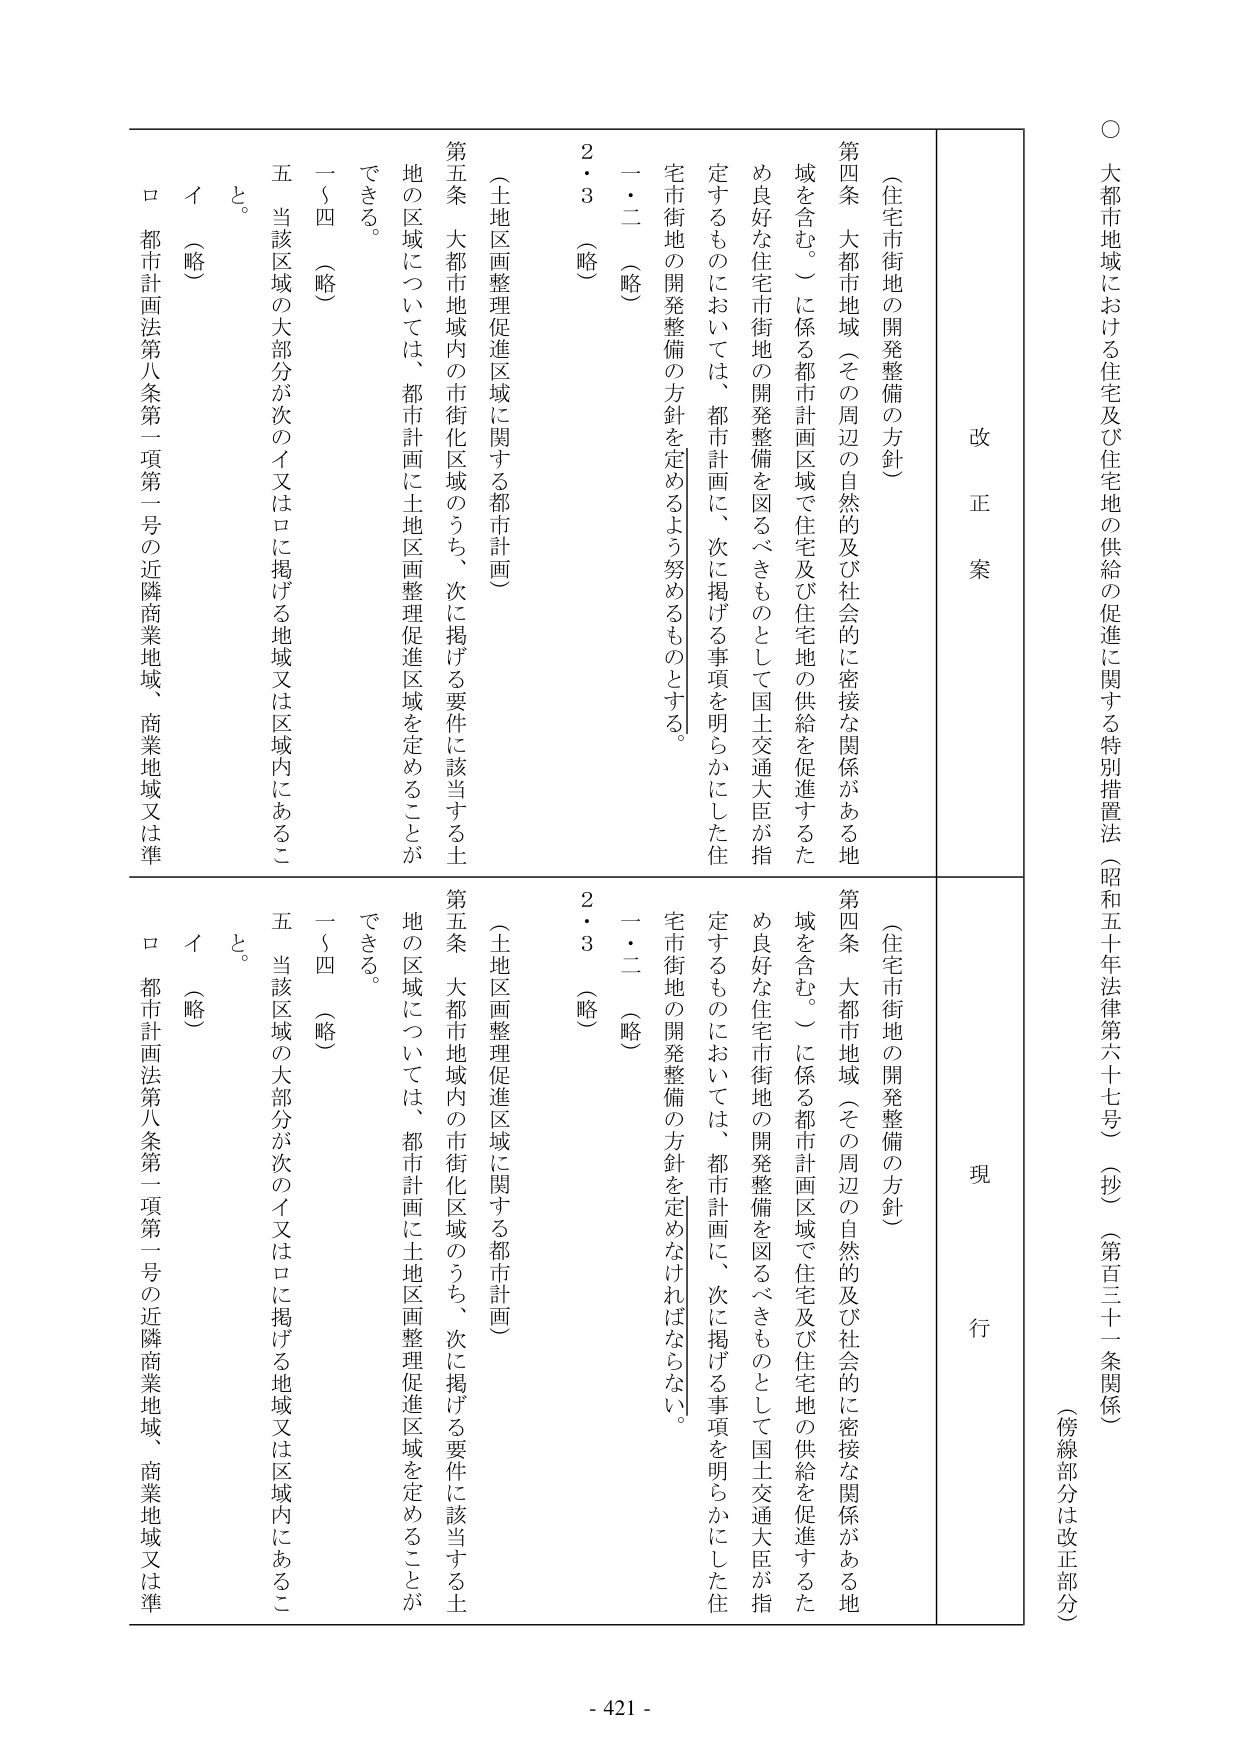
○ 大都市地域における住宅及び住宅地の供給の促進に関する特別措置法（昭和五十年法律第六十七号）（抄）（第百三十一条関係）
（傍線部分は改正部分）

改正案
（住宅市街地の開発整備の方針）
第四条 大都市地域（その周辺の自然的及び社会的に密接な関係がある地域を含む。）に係る都市計画区域で住宅及び住宅地の供給を促進するため良好な住宅市街地の開発整備を図るべきものとして国土交通大臣が指定するものにおいては、都市計画に、次に掲げる事項を明らかにした住宅市街地の開発整備の方針を定めるよう努めるものとする。
一・二（略）
2・3（略）
（土地区画整理促進区域に関する都市計画）
第五条 大都市地域内の市街化区域のうち、次に掲げる要件に該当する土地の区域については、都市計画に土地区画整理促進区域を定めることが
できる。
一～四（略）
五 当該区域の大部分が次のイ又はロに掲げる地域又は区域内にあること。
イ（略）
ロ 都市計画法第八条第一項第一号の近隣商業地域、商業地域又は準

現行
（住宅市街地の開発整備の方針）
第四条 大都市地域（その周辺の自然的及び社会的に密接な関係がある地域を含む。）に係る都市計画区域で住宅及び住宅地の供給を促進するため良好な住宅市街地の開発整備を図るべきものとして国土交通大臣が指定するものにおいては、都市計画に、次に掲げる事項を明らかにした住宅市街地の開発整備の方針を定めなければならない。
一・二（略）
2・3（略）
（土地区画整理促進区域に関する都市計画）
第五条 大都市地域内の市街化区域のうち、次に掲げる要件に該当する土地の区域については、都市計画に土地区画整理促進区域を定めることが
できる。
一～四（略）
五 当該区域の大部分が次のイ又はロに掲げる地域又は区域内にあること。
イ（略）
ロ 都市計画法第八条第一項第一号の近隣商業地域、商業地域又は準

- 421 -